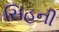
સિહની